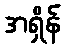
အရှိန်